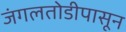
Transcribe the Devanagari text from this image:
जंगलतोडीपासून